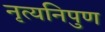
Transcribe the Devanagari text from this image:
नृत्यनिपुण